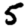
Digit: 5